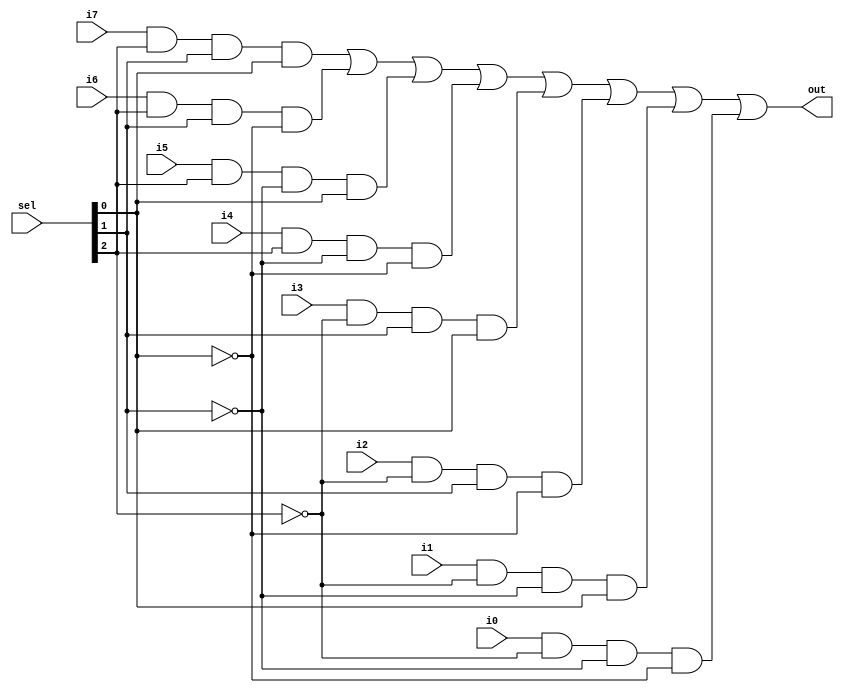
module Mux8Way(input i7,i6,i5,i4,i3,i2,i1,i0,input [2:0] sel,output out);
//declaring temps
wire not_sel2;
wire not_sel1;
wire not_sel0;
wire out7;
wire out6;
wire out5;
wire out4;
wire out3;
wire out2;
wire out1;
wire out0;
//modelling the circuit
not(not_sel2,sel[2]);
not(not_sel1,sel[1]);
not(not_sel0,sel[0]);
and(out0,i0,not_sel2,not_sel1,not_sel0);
and(out1,i1,not_sel2,not_sel1,sel[0]);
and(out2,i2,not_sel2,sel[1],not_sel0);
and(out3,i3,not_sel2,sel[1],sel[0]);
and(out4,i4,sel[2],not_sel1,not_sel0);
and(out5,i5,sel[2],not_sel1,sel[0]);
and(out6,i6,sel[2],sel[1],not_sel0);
and(out7,i7,sel[2],sel[1],sel[0]);
or(out,out7,out6,out5,out4,out3,out2,out1,out0);
endmodule